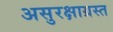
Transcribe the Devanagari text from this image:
असुरक्षाग्रस्त